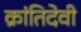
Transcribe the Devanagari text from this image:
क्रांतिदेवी